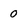
Character: 0